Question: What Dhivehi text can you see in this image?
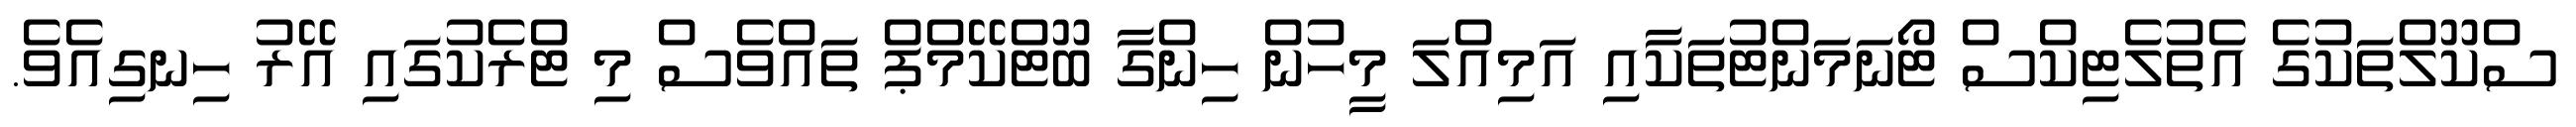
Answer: ސްކޫލްތަކުގެ އެތުލެޓިކްސް ޓޯނަމަންޓުތަކާއި އަމިއްލަ މީހުން ހިންގާ ބޫޓްކޭމްޕް ތައްވެސް މި ޓްރެކުގައި އޭރު ހިނގިއެވެ.